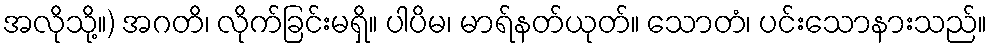
အလိုသို့။) အဂတိ၊ လိုက်ခြင်းမရှိ။ ပါပိမ၊ မာရ်နတ်ယုတ်။ သောတံ၊ ပင်းသောနားသည်။